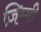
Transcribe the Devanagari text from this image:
ज़िम्मी